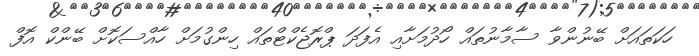
ހަކަތައަށް ބޭނުންވާ ސާމާނުތައް ހޯދުމަށާއި އެފަދަ ޕްރޮޖެކްޓްތައް ހިންގުމަށް ހާއްސަކޮށް ބޭންކް އޮފް